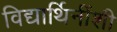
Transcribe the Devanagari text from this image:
विद्यार्थिनींशी